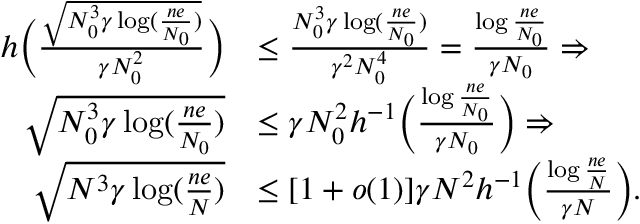
\begin{array} { r l } { h \bigg ( \frac { \sqrt { N _ { 0 } ^ { 3 } \gamma \log ( \frac { n e } { N _ { 0 } } ) } } { \gamma N _ { 0 } ^ { 2 } } \bigg ) } & { \leq \frac { N _ { 0 } ^ { 3 } \gamma \log ( \frac { n e } { N _ { 0 } } ) } { \gamma ^ { 2 } N _ { 0 } ^ { 4 } } = \frac { \log \frac { n e } { N _ { 0 } } } { \gamma N _ { 0 } } \Rightarrow } \\ { \sqrt { N _ { 0 } ^ { 3 } \gamma \log ( \frac { n e } { N _ { 0 } } ) } } & { \leq \gamma N _ { 0 } ^ { 2 } h ^ { - 1 } \bigg ( \frac { \log \frac { n e } { N _ { 0 } } } { \gamma N _ { 0 } } \bigg ) \Rightarrow } \\ { \sqrt { N ^ { 3 } \gamma \log ( \frac { n e } { N } ) } } & { \leq [ 1 + o ( 1 ) ] \gamma N ^ { 2 } h ^ { - 1 } \bigg ( \frac { \log \frac { n e } { N } } { \gamma N } \bigg ) . } \end{array}